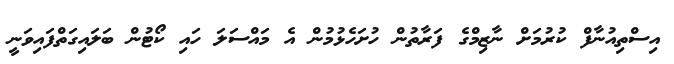
އިސްތިއުނާފް ކުރުމަށް ނާޒިމްގެ ފަރާތުން ހުށަހެޅުމުން އެ މައްސަލަ ހައި ކޯޓުން ބަލައިގަތްފައިވަނީ